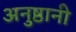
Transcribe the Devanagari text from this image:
अनुष्ठानी